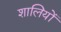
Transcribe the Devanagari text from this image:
शालियों